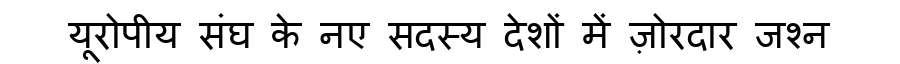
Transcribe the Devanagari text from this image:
यूरोपीय संघ के नए सदस्य देशों में ज़ोरदार जश्न